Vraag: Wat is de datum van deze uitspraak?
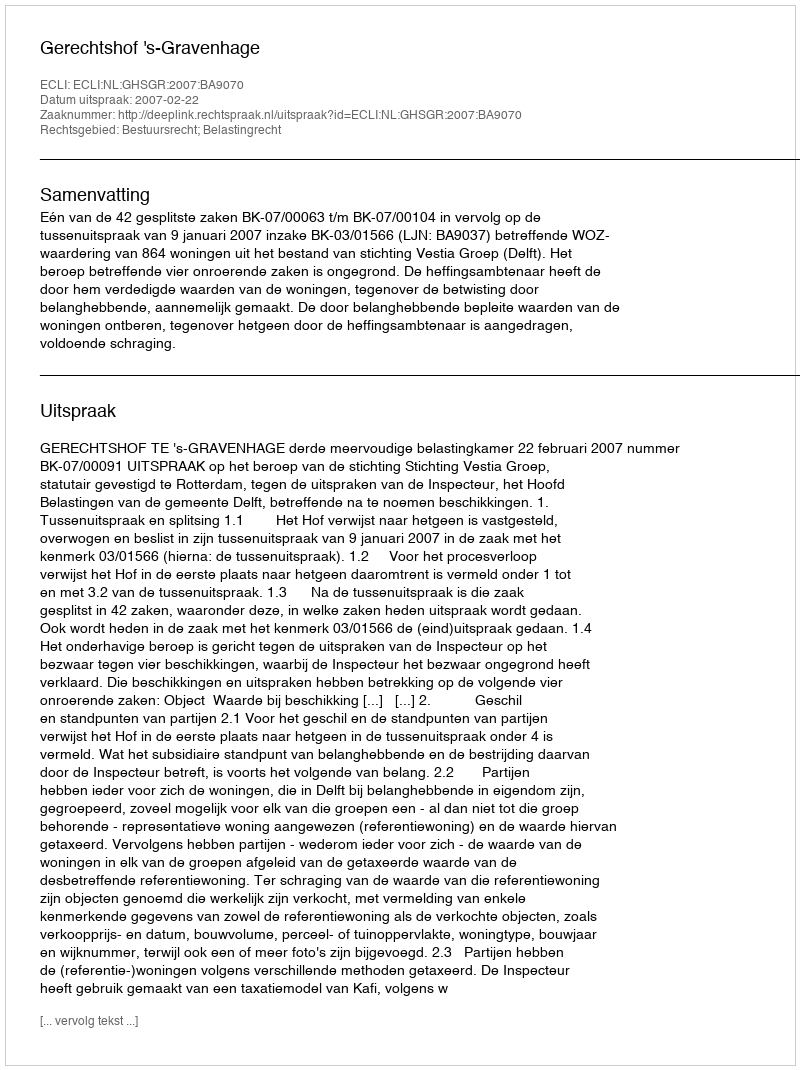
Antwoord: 2007-02-22